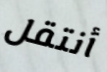
أنتقل